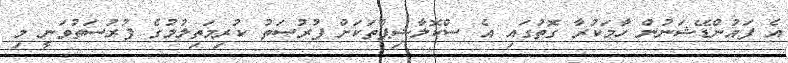
އެ ފައުންޑޭޝަނުން ހާމަކުރާ ގޮތުގައި އެ ސްކޮލާޝިޕްތަކަށް ފުރުސަތު ކުރިމަތިލުމުގެ ފުރުސަތުވަނީ މި